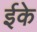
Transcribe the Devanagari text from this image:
ईके